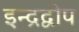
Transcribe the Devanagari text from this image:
इन्द्रद्वीप